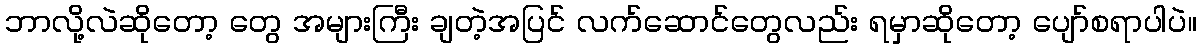
ဘာလို့လဲဆိုတော့ တွေ အများကြီး ချတဲ့အပြင် လက်ဆောင်တွေလည်း ရမှာဆိုတော့ ပျော်စရာပါပဲ။